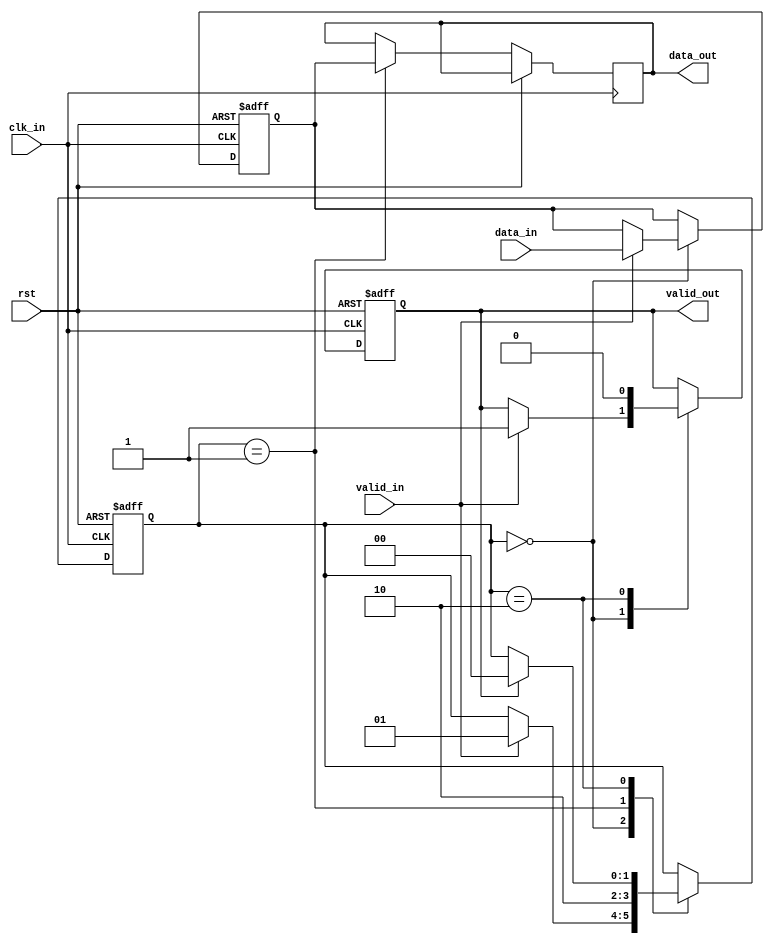
module synchronizer_with_handshaking (
    input wire clk_in,
    input wire rst,

    input wire data_in,
    input wire valid_in,
    output wire data_out,
    output wire valid_out
);

reg [1:0] state;
reg data_reg;
reg valid_reg;

always @(posedge clk_in or posedge rst) begin
    if (rst) begin
        state <= 2'b00;
        data_reg <= 1'b0;
        valid_reg <= 1'b0;
    end else begin
        case (state)
            2'b00: begin // Idle state
                if (valid_in) begin
                    data_reg <= data_in;
                    valid_reg <= 1'b1;
                    state <= 2'b01;
                end
            end
            2'b01: begin // Transfer data to other clock domain
                data_out <= data_reg;
                state <= 2'b10;
            end
            2'b10: begin // Handshaking logic
                if (valid_out) begin
                    valid_reg <= 1'b0;
                    state <= 2'b00;
                end
            end
        endcase
    end
end

assign valid_out = valid_reg;

endmodule